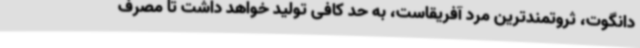
دانگوت، ثروتمندترین مرد آفریقاست، به حد کافی تولید خواهد داشت تا مصرف